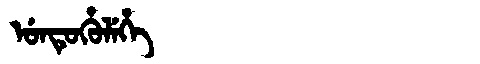
Manchu: ᡠᠨᡨᡠᡥᡠᠯᡝᡥᡝ
Romanization: UNTUHULEHE